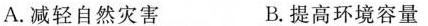
A.减轻自然灾害 B.提高环境容量